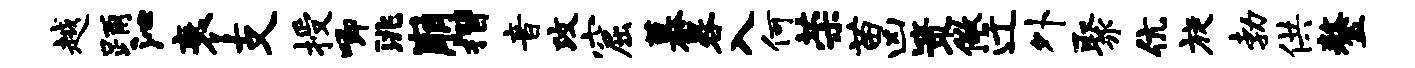
越踊沁衰支授唧洮崩摺音攻窟慕晷入何荣苗凶策儆迁外聚伉旋勃供鏊